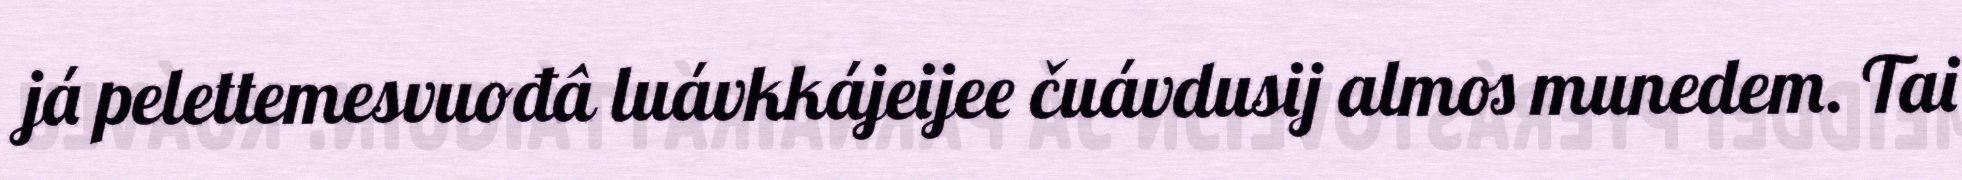
já pelettemesvuođâ luávkkájeijee čuávdusij almos munedem. Tai